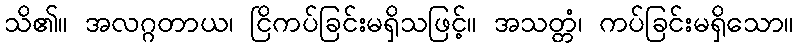
သိ၏။ အလဂ္ဂတာယ၊ ငြိကပ်ခြင်းမရှိသဖြင့်။ အသတ္တံ၊ ကပ်ခြင်းမရှိသော။